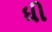
ધી